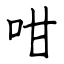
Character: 咁